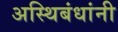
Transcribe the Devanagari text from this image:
अस्थिबंधांनी